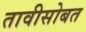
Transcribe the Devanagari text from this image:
तावीसोबत